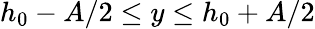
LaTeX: h_{0}-A/2\leq y\leq h_{0}+A/2